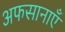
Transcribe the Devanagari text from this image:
अफसानाएँ